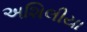
અશિલીયા